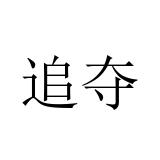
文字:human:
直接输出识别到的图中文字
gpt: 追夺